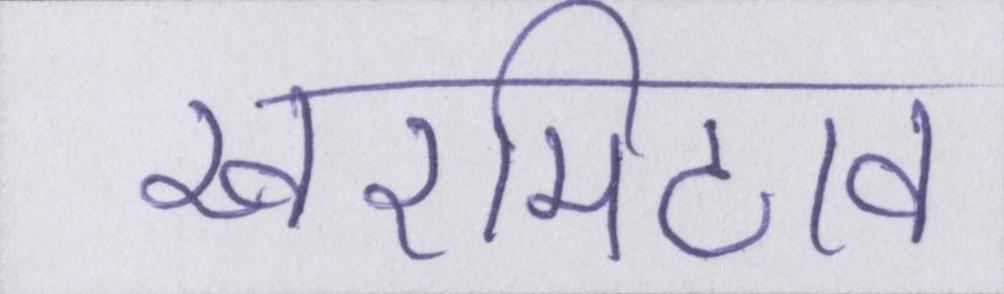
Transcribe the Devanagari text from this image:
खरमिटाव